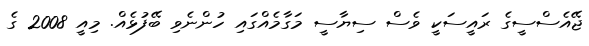
ޖޭއެސްސީގެ ރައީސަކީ ވެސް ސިޔާސީ މަގާމެއްގައި ހުންނެވި ބޭފުޅެއް. މިއީ 2008 ގެ